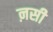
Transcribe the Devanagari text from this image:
ऩसी